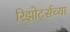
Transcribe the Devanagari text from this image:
रिझोर्ट्सच्या